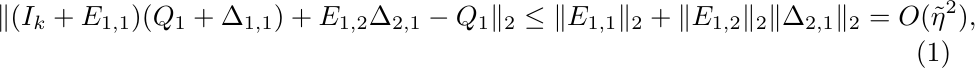
\begin{align}
\begin{aligned}
\label{eq:X1}
\lVert(I_k+E_{1,1})(Q_1+\Delta_{1,1})+E_{1,2}\Delta_{2,1}-Q_1\rVert_2
\leq\lVert E_{1,1}\rVert_2+\lVert E_{1,2}\rVert_2\lVert \Delta_{2,1}\rVert_2
=O(\tilde\eta^2),
\end{aligned}
\end{align}